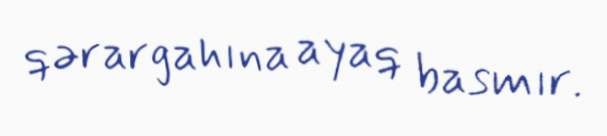
qərargahına ayaq basmır.